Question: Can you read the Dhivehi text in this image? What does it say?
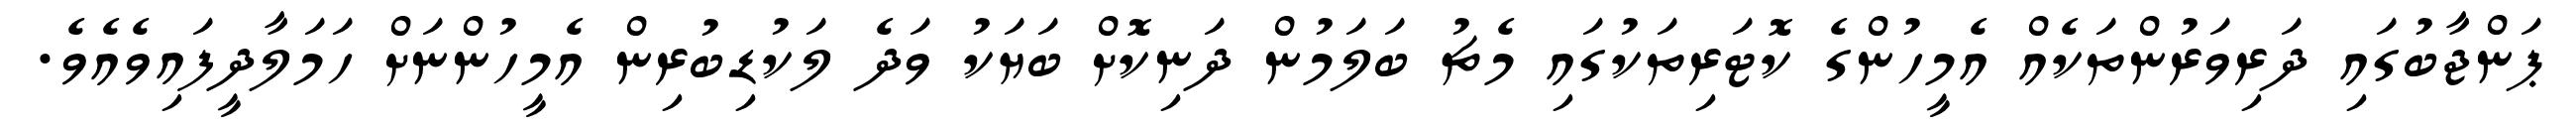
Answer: ޕަންޖާބުގައި ދަރިވަރުންތަކެއް އެމީހުންގެ ކޮޓަރިތަކުގައި މެޗު ބަލަމުން ދަނިކޮށް ބަޔަކު ވަދެ ލަކުޑިބުރިން އެމީހުންނަށް ހަމަލާދީފައިވެއެވެ.